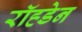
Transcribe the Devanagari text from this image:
रॉह्डेन